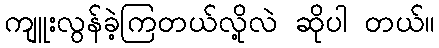
ကျူးလွန်ခဲ့ကြတယ်လို့လဲ ဆိုပါ တယ်။